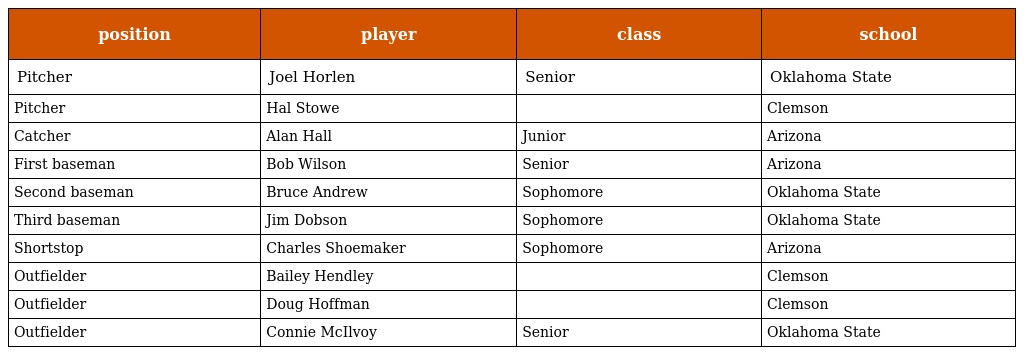
| position | player | class | school |
 | --- | --- | --- | --- |
 | Pitcher | Joel Horlen | Senior | Oklahoma State |
 | Pitcher | Hal Stowe |  | Clemson |
 | Catcher | Alan Hall | Junior | Arizona |
 | First baseman | Bob Wilson | Senior | Arizona |
 | Second baseman | Bruce Andrew | Sophomore | Oklahoma State |
 | Third baseman | Jim Dobson | Sophomore | Oklahoma State |
 | Shortstop | Charles Shoemaker | Sophomore | Arizona |
 | Outfielder | Bailey Hendley |  | Clemson |
 | Outfielder | Doug Hoffman |  | Clemson |
 | Outfielder | Connie McIlvoy | Senior | Oklahoma State |